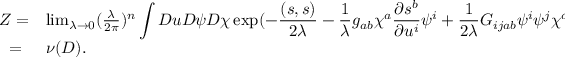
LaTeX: \begin{array} { l l } { { Z = } } & { { \operatorname * { l i m } _ { \lambda \rightarrow 0 } ( \frac { \lambda } { 2 \pi } ) ^ { n } \displaystyle \int { \cal D } u { \cal D } \psi { \cal D } \chi \exp ( - \frac { ( s , s ) } { 2 \lambda } - \frac { 1 } { \lambda } g _ { a b } \chi ^ { a } \frac { \partial s ^ { b } } { \partial { u ^ { i } } } \psi ^ { i } + \frac { 1 } { 2 \lambda } G _ { i j a b } \psi ^ { i } \psi ^ { j } \chi ^ { a } \chi ^ { b } ) } } \\ { { ~ = } } & { { \nu ( D ) . } } \end{array}